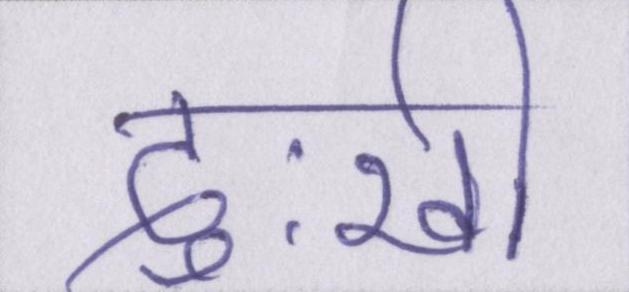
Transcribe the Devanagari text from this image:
दुःखी